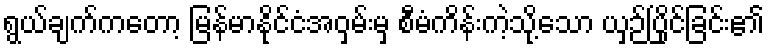
ရွယ်ချက်ကတော့ မြန်မာနိုင်ငံအဝှမ်းမှ စီမံကိန်းကဲ့သို့သော ယှဉ်ပြိုင်ခြင်း၏